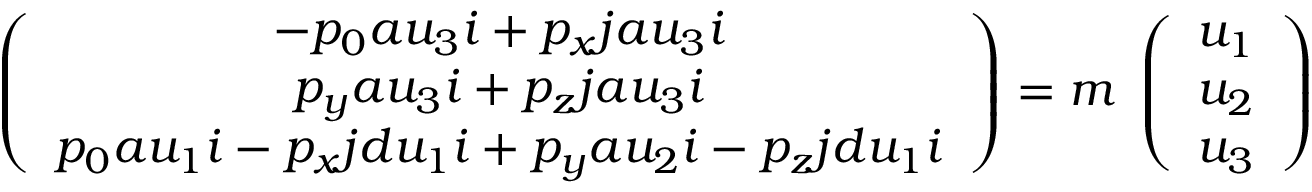
\left( \begin{array} { c } { { - p _ { 0 } a u _ { 3 } i + p _ { x } j a u _ { 3 } i } } \\ { { p _ { y } a u _ { 3 } i + p _ { z } j a u _ { 3 } i } } \\ { { p _ { 0 } a u _ { 1 } i - p _ { x } j d u _ { 1 } i + p _ { y } a u _ { 2 } i - p _ { z } j d u _ { 1 } i } } \end{array} \right) = m \; \left( \begin{array} { c } { { u _ { 1 } } } \\ { { u _ { 2 } } } \\ { { u _ { 3 } } } \end{array} \right)